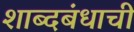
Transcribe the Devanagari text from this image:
शाब्दबंधाची